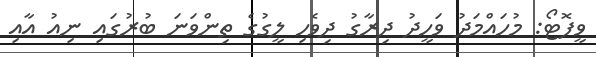
ވީފޮޓޯ: މުހައްމަދު ވަހީދު ދިރާގު ދިވެހި ލީގުގެ ތިންވަނަ ބުރުގައި ނިއު އާއި